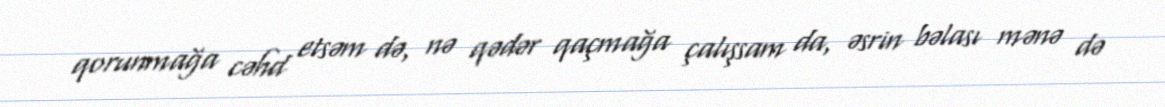
qorunmağa cəhd etsəm də, nə qədər qaçmağa çalışsam da, əsrin bəlası mənə də